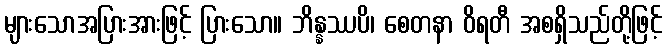
များသောအပြားအားဖြင့် ပြားသော။ ဘိန္နဿပိ၊ စေတနာ ဝိရတီ အစရှိသည်တို့ဖြင့်